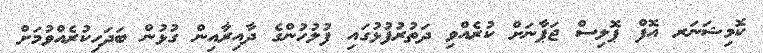
ކޮމިޝަނަރ އޮފް ޕޮލިސް ޖަޕާނަށް ކުރެއްވި ދަތުރުފުޅުގައި ފުލުހުންގެ ދާއިރާއިން ގުޅުން ބަދަހިކުރެއްވުމަށް